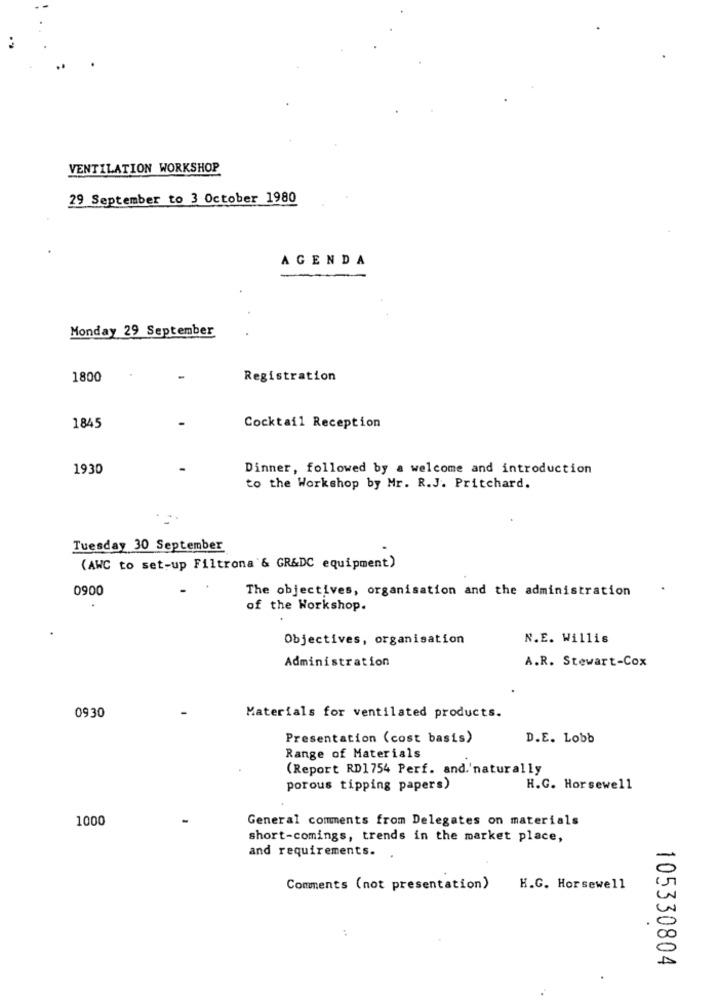
VENTILATION WORKSHOP
29 September to 3 October 1980
AGENDA
Monday 29 September
1800
Registration
1845
Cocktail Reception
1930
Dinner, followed by a welcome and introduction
to the Workshop by Mr. R.J. Pritchard.
Tuesday 30 September
(AWC to set-up Filtrona & GR&DC equipment)
0900
The objectives, organisation and the administration
of the Workshop.
Objectives, organisation
N.E. Willis
Administration
A.R. Stewart-Cox
0930
Materials for ventilated products.
Presentation (cost basis)
D.E. Lobb
Range of Materials
(Report RD1754 Perf. and.'naturally
porous tipping papers)
H.C. Horsewell
1000
General comments from Delegates on materials
short-comings, trends in the market place,
and requirements.
Comments (not presentation)
H.G. Horsewell
:
105330804